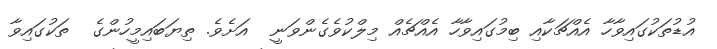
އުޑުތަކުގައިވާހާ އެއްޗަކާއި ބިމުގައިވާހާ އެއްޗެއް މިލްކުވެގެންވަނީ  އަށެވެ. ތިޔަބައިމީހުންގެ  ތަކުގައިވާ